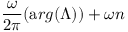
\frac { \omega } { 2 \pi } ( { \mathrm { a } r g } ( \Lambda ) ) + \omega n